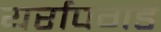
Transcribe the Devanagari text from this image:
यर्रापगड